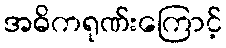
အဓိကရုဏ်းကြောင့်